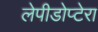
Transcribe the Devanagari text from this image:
लेपीडोप्टेरा